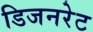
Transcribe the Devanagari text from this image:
डिजनरेट